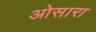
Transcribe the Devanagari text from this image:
ओसारा